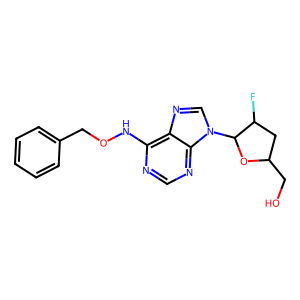
SMILES: OCC1CC(F)C(n2cnc3c(NOCc4ccccc4)ncnc32)O1
Inhibits HIV replication: No